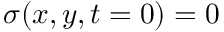
\sigma ( x , y , t = 0 ) = 0